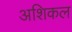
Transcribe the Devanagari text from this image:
अशिकल